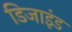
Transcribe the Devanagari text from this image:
डिजाइंड